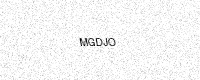
Text: MGDJO